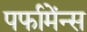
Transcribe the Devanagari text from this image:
पर्फामेंन्स